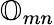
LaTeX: {\mathbb O}_{mn}